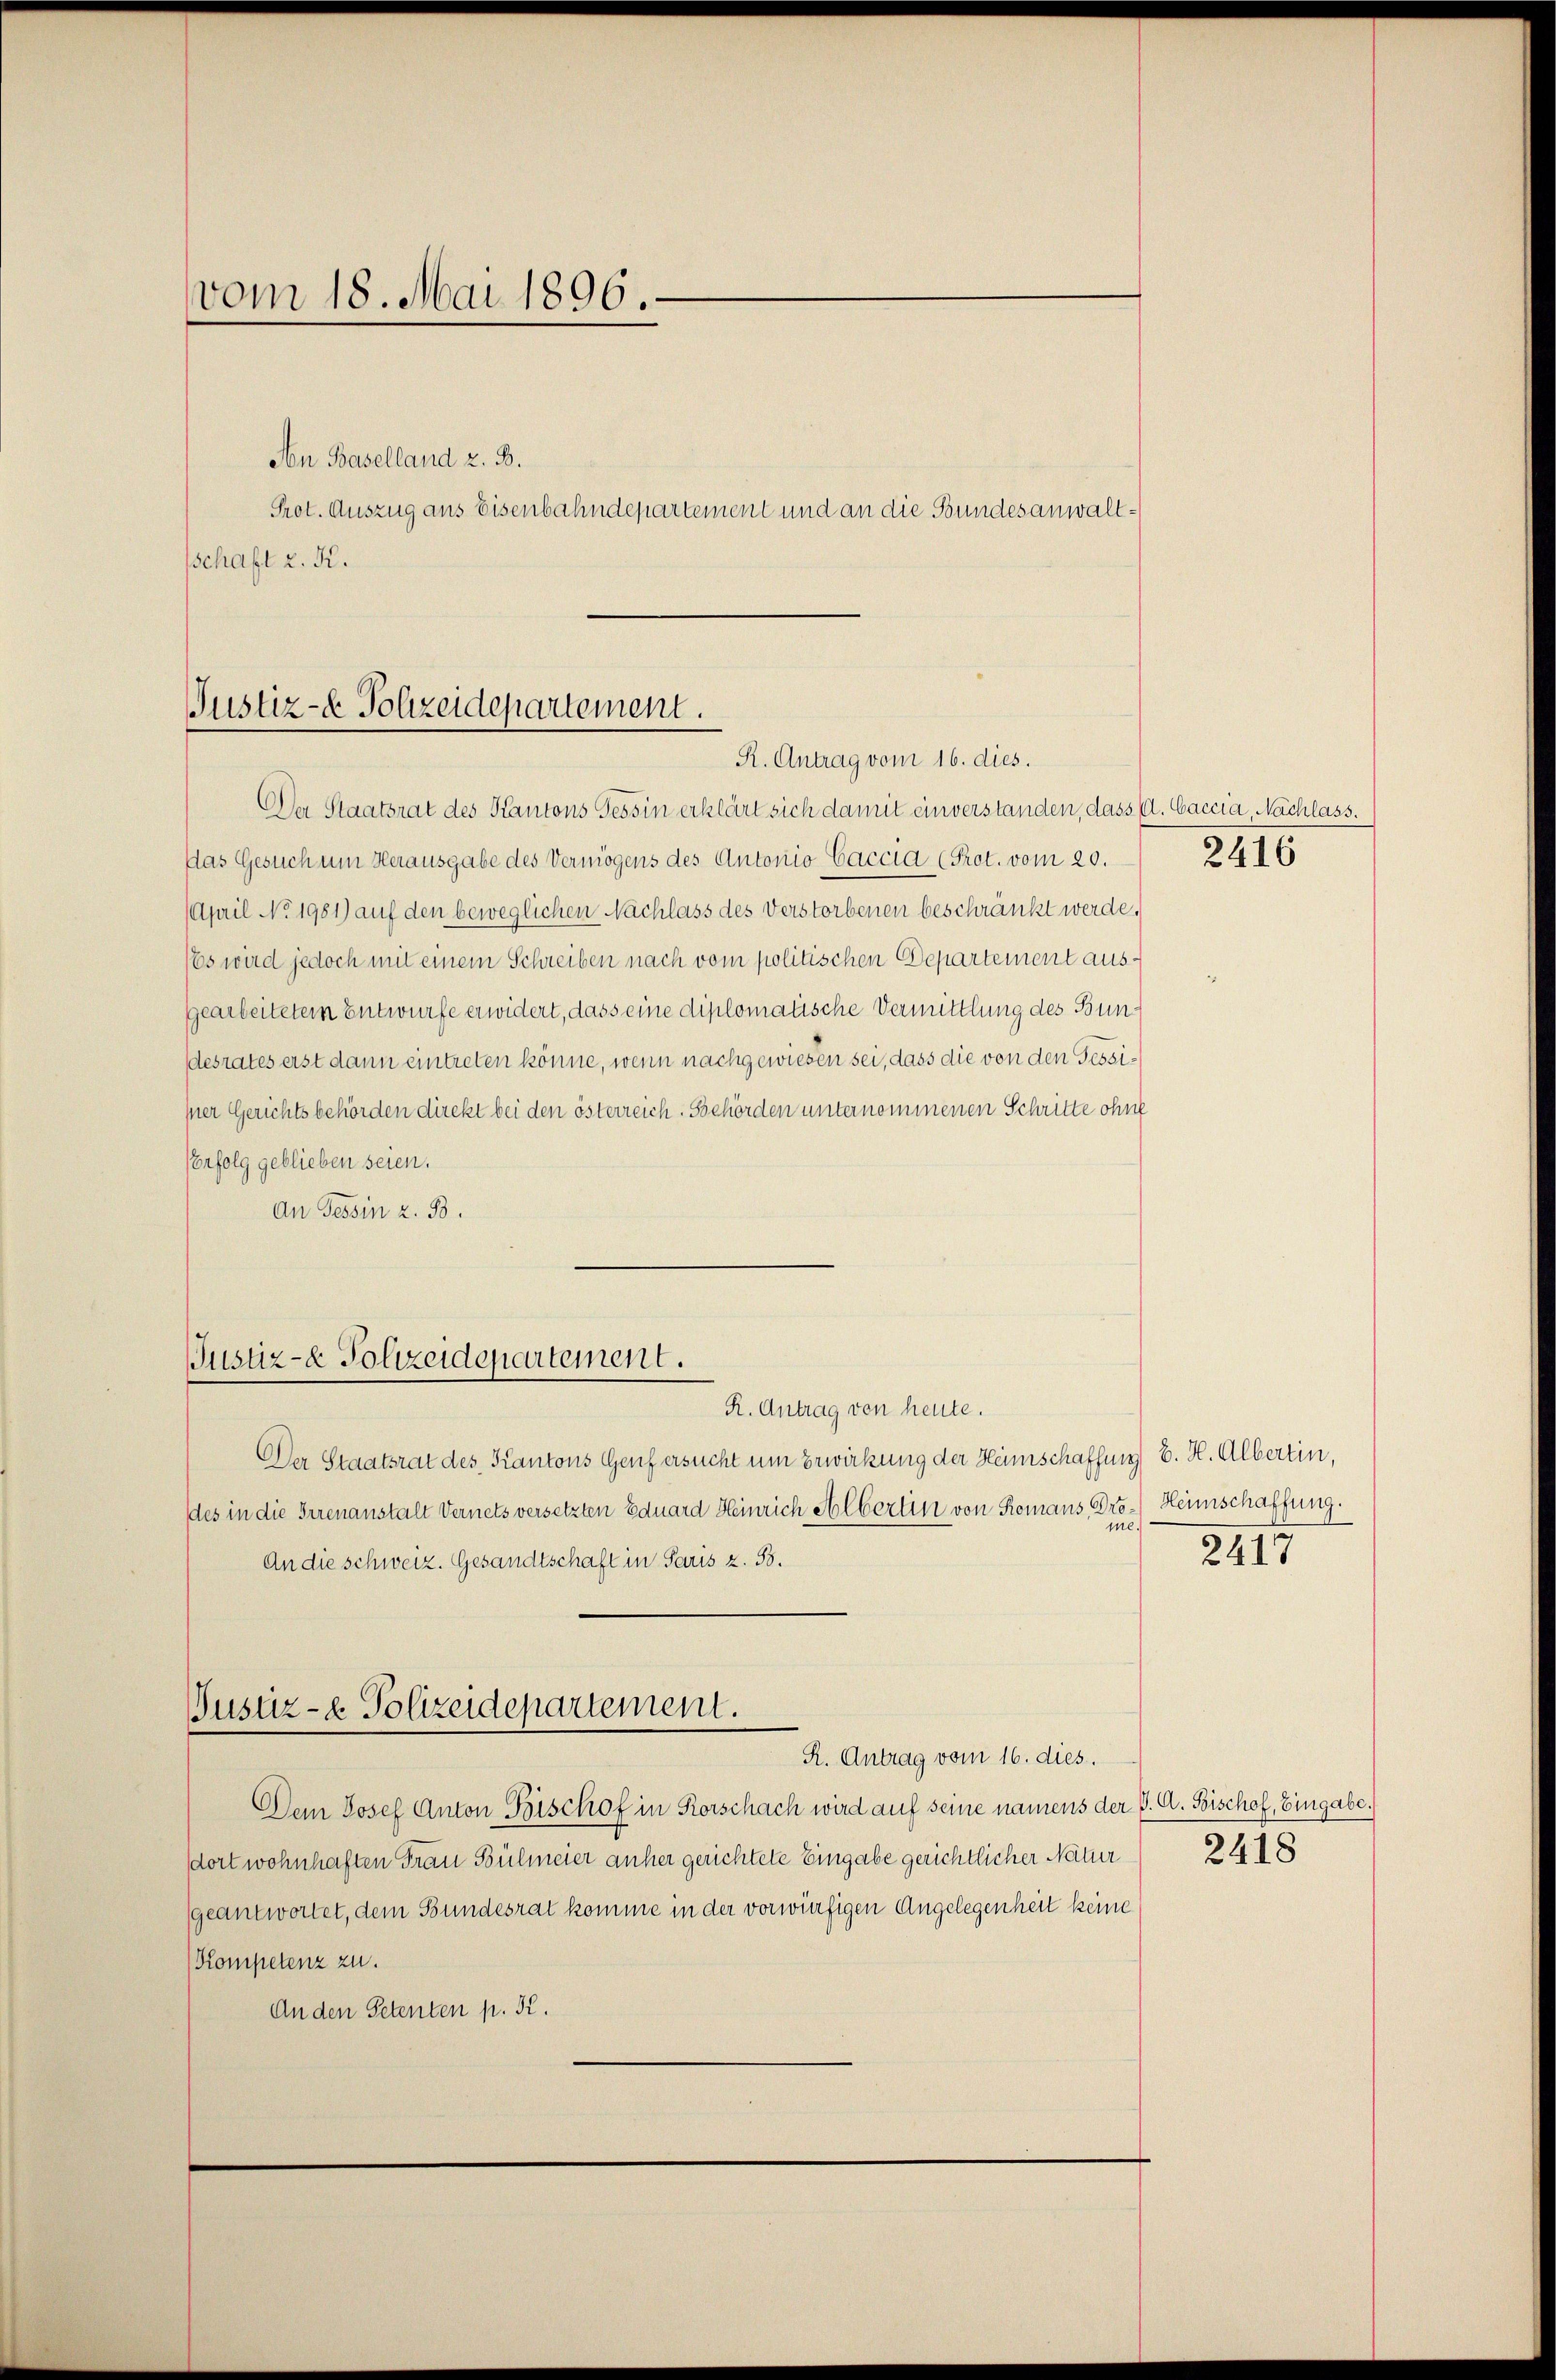
vom 18. Mai 1896.

Aon Baselland z. B.
Prot. Auszug aus Eisenbahndepartement und an die Bundesanwaltsschaft z. R.

Justiz- & Polizeidepartement.
R. Antrag vom 16. dies.

Justiz- & Polizeidepartement.

Justiz- & Polizeidepartement.

Der Staatsrat des Kantons Tessin erklärt sich damit einverstanden, dass u. baccia, Nachlass.
Das Gesuch um Herausgabe des Vermögens des Antonio Caccia (Prot. vom 20.
April No 1981) auf den beweglichen Nachlass des Verstorbenen beschränkt werde,
(Es wird jedoch mit einem Schreiben nach vom politischen Departement ausgearbeitetem Entwurfe erwidert, dass eine diplomatische Vermittlung des Bundesrates erst dann eintreten könne, wenn nachgewiesen sei, dass die von den Tessiper Gerichtsbehörden direkt bei den österreich. Gehörden unternommenen Schritte ohne
Erfolg geblieben seien.
An Tessin z. B.

2416

R. Antrag von heute.
Der Staatsrat des Kantons Genf ersucht um Erwirkung der Heimschaffung B. H. Albertin,
des in die Irrenanstalt Vernets versetzten Eduard Heinrich Albertin von Romans Dro-Heimschaffung.
An die schweiz. Gesandtschaft in Paris z. 33.
R. Antrag vom 16. dies.
Dem Josef Anton Bischof in Korschach wird auf seine namens der J. A. Bischof, Eingabe.
dort wohnhaften Frau Bülmeier anher gerichtete Eingabe gerichtlicher Natur
geantwortet, dem Bundesrat komme in der vorwürfigen Angelegenheit keine
Kompetenz zu.
An den Petenten p. K.

me.
2417

2418